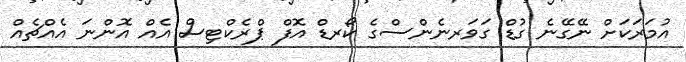
އުމަރަކަށް ނޭގޭނެ ގުޑް ގަވަރނެންސްގެ ކޯރޑް އޮފް ޕްރެކްޓިސް އެއް އޮންނަ އެއްޗެއް